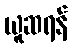
ယူဆရန်